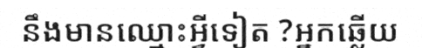
នឹងមានឈ្មោះអ្វីទៀត ?អ្នកឆ្លើយ